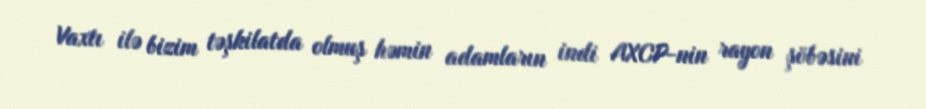
Vaxtı ilə bizim təşkilatda olmuş həmin adamların indi AXCP-nin rayon şöbəsini